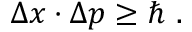
\Delta x \cdot \Delta p \ge \hbar \ .